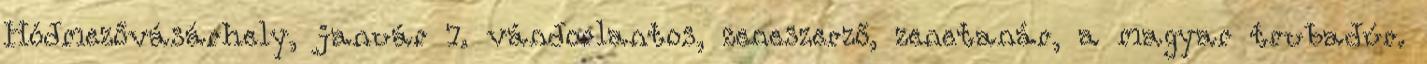
Hódmezővásárhely, január 7. vándorlantos, zeneszerző, zenetanár, a magyar trubadúr.